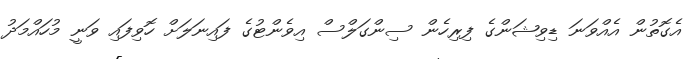
އެގޮތުން އެއްވަނަ ޑިވިޝަންގެ ފިރިހެން ސިންގަލްސް އިވެންޓުގެ ފައިނަލަށް ހޮވިފައި ވަނީ މުހައްމަދު